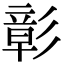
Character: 彰